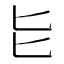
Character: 𫧇